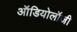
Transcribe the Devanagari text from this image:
ऑडियोलॉजी